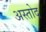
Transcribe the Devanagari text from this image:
अस्तोद